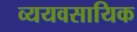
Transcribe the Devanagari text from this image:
व्ययवसायिक